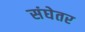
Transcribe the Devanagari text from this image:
संघेतर